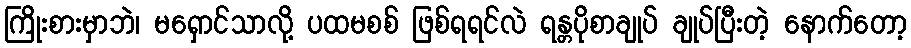
ကြိုးစားမှာဘဲ၊ မရှောင်သာလို့ ပထမစစ် ဖြစ်ရရင်လဲ ရန္တပိုစာချုပ် ချုပ်ပြီးတဲ့ နောက်တော့